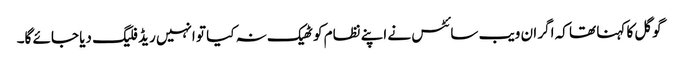
گوگل کا کہنا تھا کہ اگر ان ویب سائٹس نے اپنے نظام کو ٹھیک نہ کیا تو انہیں ریڈ فلیگ دیا جائے گا۔